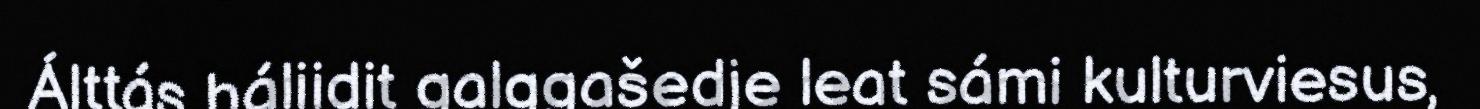
Álttás háliidit galggašedje leat sámi kulturviesus,